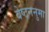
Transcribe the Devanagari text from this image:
वेष्टननुमा